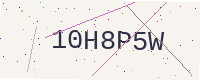
Text: 10H8P5W